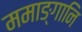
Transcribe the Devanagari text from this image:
ममाङ्गानि